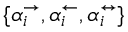
\{ \alpha _ { i } ^ { \rightarrow } , \alpha _ { i } ^ { \leftarrow } , \alpha _ { i } ^ { \leftrightarrow } \}